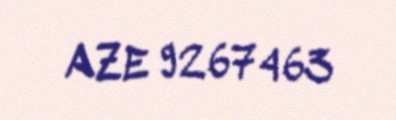
AZE 9267463